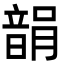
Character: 𩐪